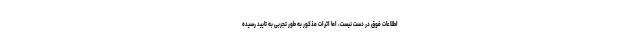
اطلاعات فوق در دست نیست، اما اثرات مذکور به طور تجربی به تایید رسیده